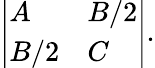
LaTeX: \left|{\begin{array}{ll}{A}&{B/2}\\ {B/2}&{C}\end{array}}\right|.